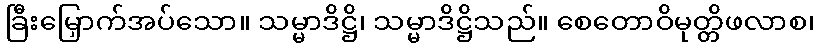
ခြီးမြှောက်အပ်သော။ သမ္မာဒိဋ္ဌိ၊ သမ္မာဒိဋ္ဌိသည်။ စေတောဝိမုတ္တိဖလာစ၊